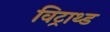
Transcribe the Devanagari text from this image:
विट्राथ्ड